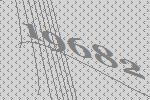
19682